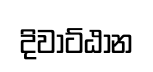
දිවාට්ඨාන